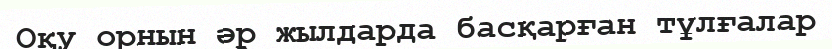
Оқу орнын әр жылдарда басқарған тұлғалар